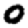
Digit: 0